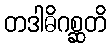
တဒါဓိဂစ္ဆတိ